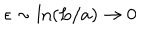
\epsilon \sim \mathrm { l n } ( L / a ) \to 0